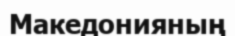
Македонияның